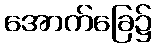
အောက်ခြေ၌